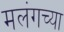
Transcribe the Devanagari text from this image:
मलंगच्या